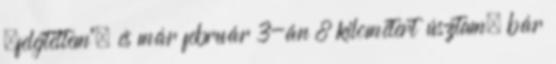
„felejtettem”, és már február 3-án 8 kilométert úsztam, bár